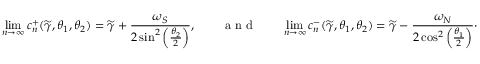
\operatorname* { l i m } _ { n \to \infty } c _ { n } ^ { + } ( \widetilde { \gamma } , \theta _ { 1 } , \theta _ { 2 } ) = \widetilde { \gamma } + \frac { \omega _ { S } } { 2 \sin ^ { 2 } \left( \frac { \theta _ { 2 } } { 2 } \right) } , \qquad \textnormal { a n d } \qquad \operatorname* { l i m } _ { n \to \infty } c _ { n } ^ { - } ( \widetilde { \gamma } , \theta _ { 1 } , \theta _ { 2 } ) = \widetilde { \gamma } - \frac { \omega _ { N } } { 2 \cos ^ { 2 } \left( \frac { \theta _ { 1 } } { 2 } \right) } \cdot